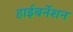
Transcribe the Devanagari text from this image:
हाईबर्नेशन